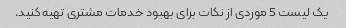
یک لیست 5 موردی از نکات برای بهبود خدمات مشتری تهیه کنید.